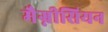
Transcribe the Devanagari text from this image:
मैग्नीसियन